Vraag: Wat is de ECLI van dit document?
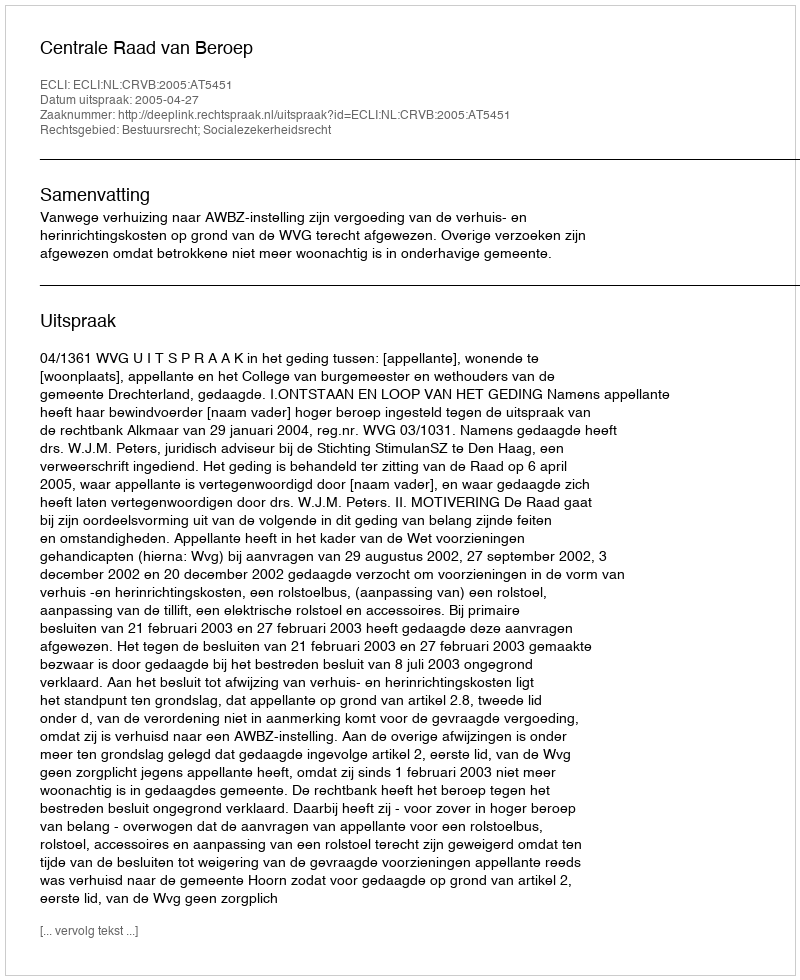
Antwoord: ECLI:NL:CRVB:2005:AT5451